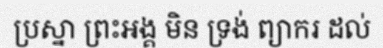
ប្រស្នា ព្រះអង្គ មិន ទ្រង់ ព្យាករ ដល់